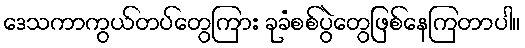
ဒေသကာကွယ်တပ်တွေကြား ခုခံစစ်ပွဲတွေဖြစ်နေကြတာပါ။